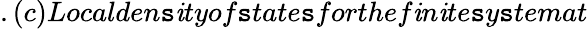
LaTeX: .(c)Localden\mathtt{s}\mathit{i}tyof\mathtt{s}tate\mathtt{s}forthef\mathit{i}n\mathit{i}te\mathtt{s}y\mathtt{s}temat